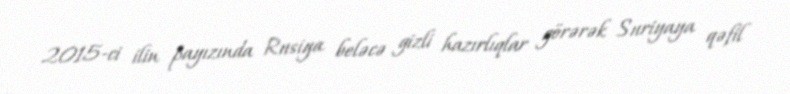
2015-ci ilin payızında Rusiya beləcə gizli hazırlıqlar görərək Suriyaya qəfil